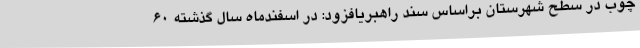
چوب در سطح شهرستان براساس سند راهبریافزود: در اسفندماه سال گذشته 60